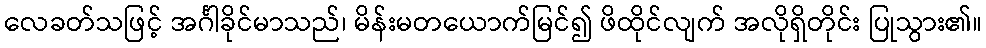
လေခတ်သဖြင့် အင်္ဂါခိုင်မာသည်၊ မိန်းမတယောက်မြင်၍ ဖိထိုင်လျက် အလိုရှိတိုင်း ပြုသွား၏။